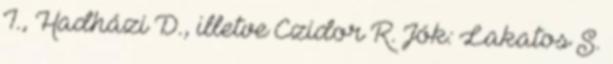
I., Hadházi D., illetve Czidor R. Jók: Lakatos S.